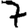
Digit: 7